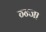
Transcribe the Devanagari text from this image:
ग्न्जा